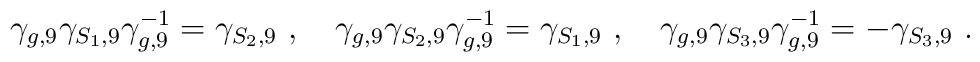
\gamma_{g,9}\gamma_{S_1,9}\gamma_{g,9}^{-1}=\gamma_{S_2,9}~,~~~ \gamma_{g,9}\gamma_{S_2,9}\gamma_{g,9}^{-1}=\gamma_{S_1,9}~,~~~ \gamma_{g,9}\gamma_{S_3,9}\gamma_{g,9}^{-1}=-\gamma_{S_3,9}~.